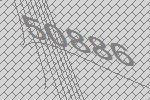
50886